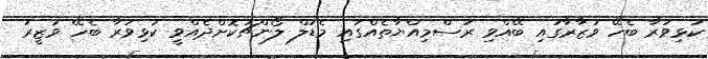
ކުޅިވަރާ ބެހޭ ވުޒާރާގައި ބޭއްވި ރަސްމިއްޔާތެއްގައި މެޑަލް ލޯންޗުކޮށްދެއްވީ ކުޅިވަރާ ބެހޭ ވަޒީރު